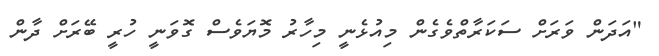
"އަދަން ވަރަށް ސަކަރާތްވެގެން މިއުޅެނީ މިހާރު މޮޔަވެސް ގޮވަނީ ހުރީ ބޭރަށް ދާން